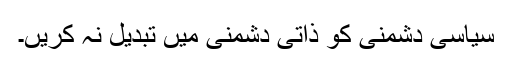
سیاسی دشمنی کو ذاتی دشمنی میں تبدیل نہ کریں۔